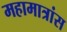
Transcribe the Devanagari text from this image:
महामात्रांस